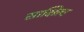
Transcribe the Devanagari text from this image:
साक्षित्व